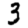
Digit: 3